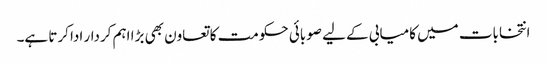
انتخابات میں کامیابی کے لیے صوبائی حکومت کا تعاون بھی بڑا اہم کردار ادا کرتا ہے۔